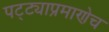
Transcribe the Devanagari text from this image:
पट्ट्याप्रमाणेच